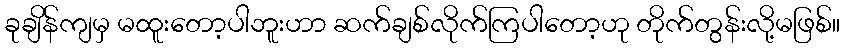
ခုချိန်ကျမှ မထူးတော့ပါဘူးဟာ ဆက်ချစ်လိုက်ကြပါတော့ဟု တိုက်တွန်းလို့မဖြစ်။